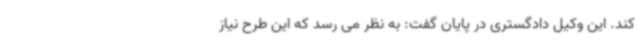
کند. این وکیل دادگستری در پایان گفت: به نظر می رسد که این طرح نیاز